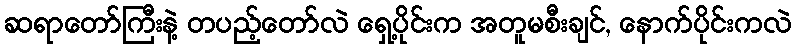
ဆရာတော်ကြီးနဲ့ တပည့်တော်လဲ ရှေ့ပိုင်းက အတူမစီးချင်, နောက်ပိုင်းကလဲ